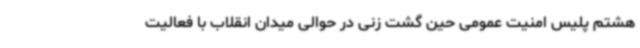
هشتم پلیس امنیت عمومی حین گشت زنی در حوالی میدان انقلاب با فعالیت